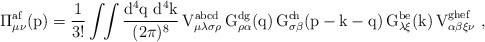
LaTeX: \begin{align*}\rm \Pi^{af}_{\mu\nu}(p) = \frac1{3!} \int\!\!\int \frac {d^4q~d^4k}{(2\pi)^8} \,V^{abcd}_{\mu\lambda\sigma\rho} \,G^{dg}_{\rho\alpha}(q) \,G^{ch}_{\sigma\beta}(p-k-q) \,G^{be}_{\lambda\xi}(k) \,V^{ghef}_{\alpha\beta\xi\nu}~,\end{align*}